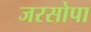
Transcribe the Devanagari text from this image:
जरसोपा